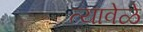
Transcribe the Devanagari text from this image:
त्यावेळे